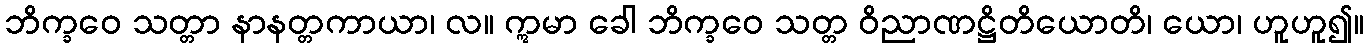
ဘိက္ခဝေ သတ္တာ နာနတ္တကာယာ၊ လ။ ဣမာ ခေါ ဘိက္ခဝေ သတ္တ ဝိညာဏဋ္ဌိတိယောတိ၊ ယော၊ ဟူဟူ၍။